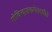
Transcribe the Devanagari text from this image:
गोविन्दाष्टकमेतदधीते